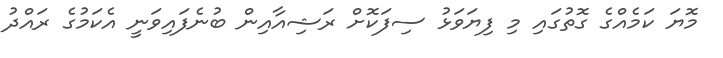
މޮޔަ ކަމެއްގެ ގޮތުގައި މި ފިޔަވަޅު ސިފަކޮށް ރަޝިއާއިން ބުނެފައިވަނީ އެކަމުގެ ރައްދު